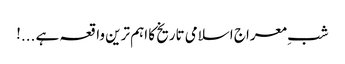
شبِ معراج اسلامی تاریخ کا اہم ترین واقعہ ہے ...!